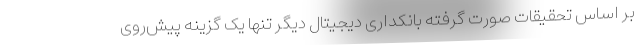
بر اساس تحقیقات صورت گرفته بانکداری دیجیتال دیگر تنها یک گزینه پیش‌روی